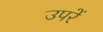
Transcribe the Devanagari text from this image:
उपरें